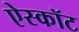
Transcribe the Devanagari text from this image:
ऐस्कॉट